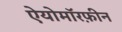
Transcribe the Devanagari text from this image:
ऐयोमॉरफ़ीन